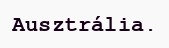
Ausztrália.